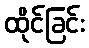
ထိုင်ခြင်း